65_HS1-834228961_62-HQ-83894_Serial_164
Agency: FBI
Page 65
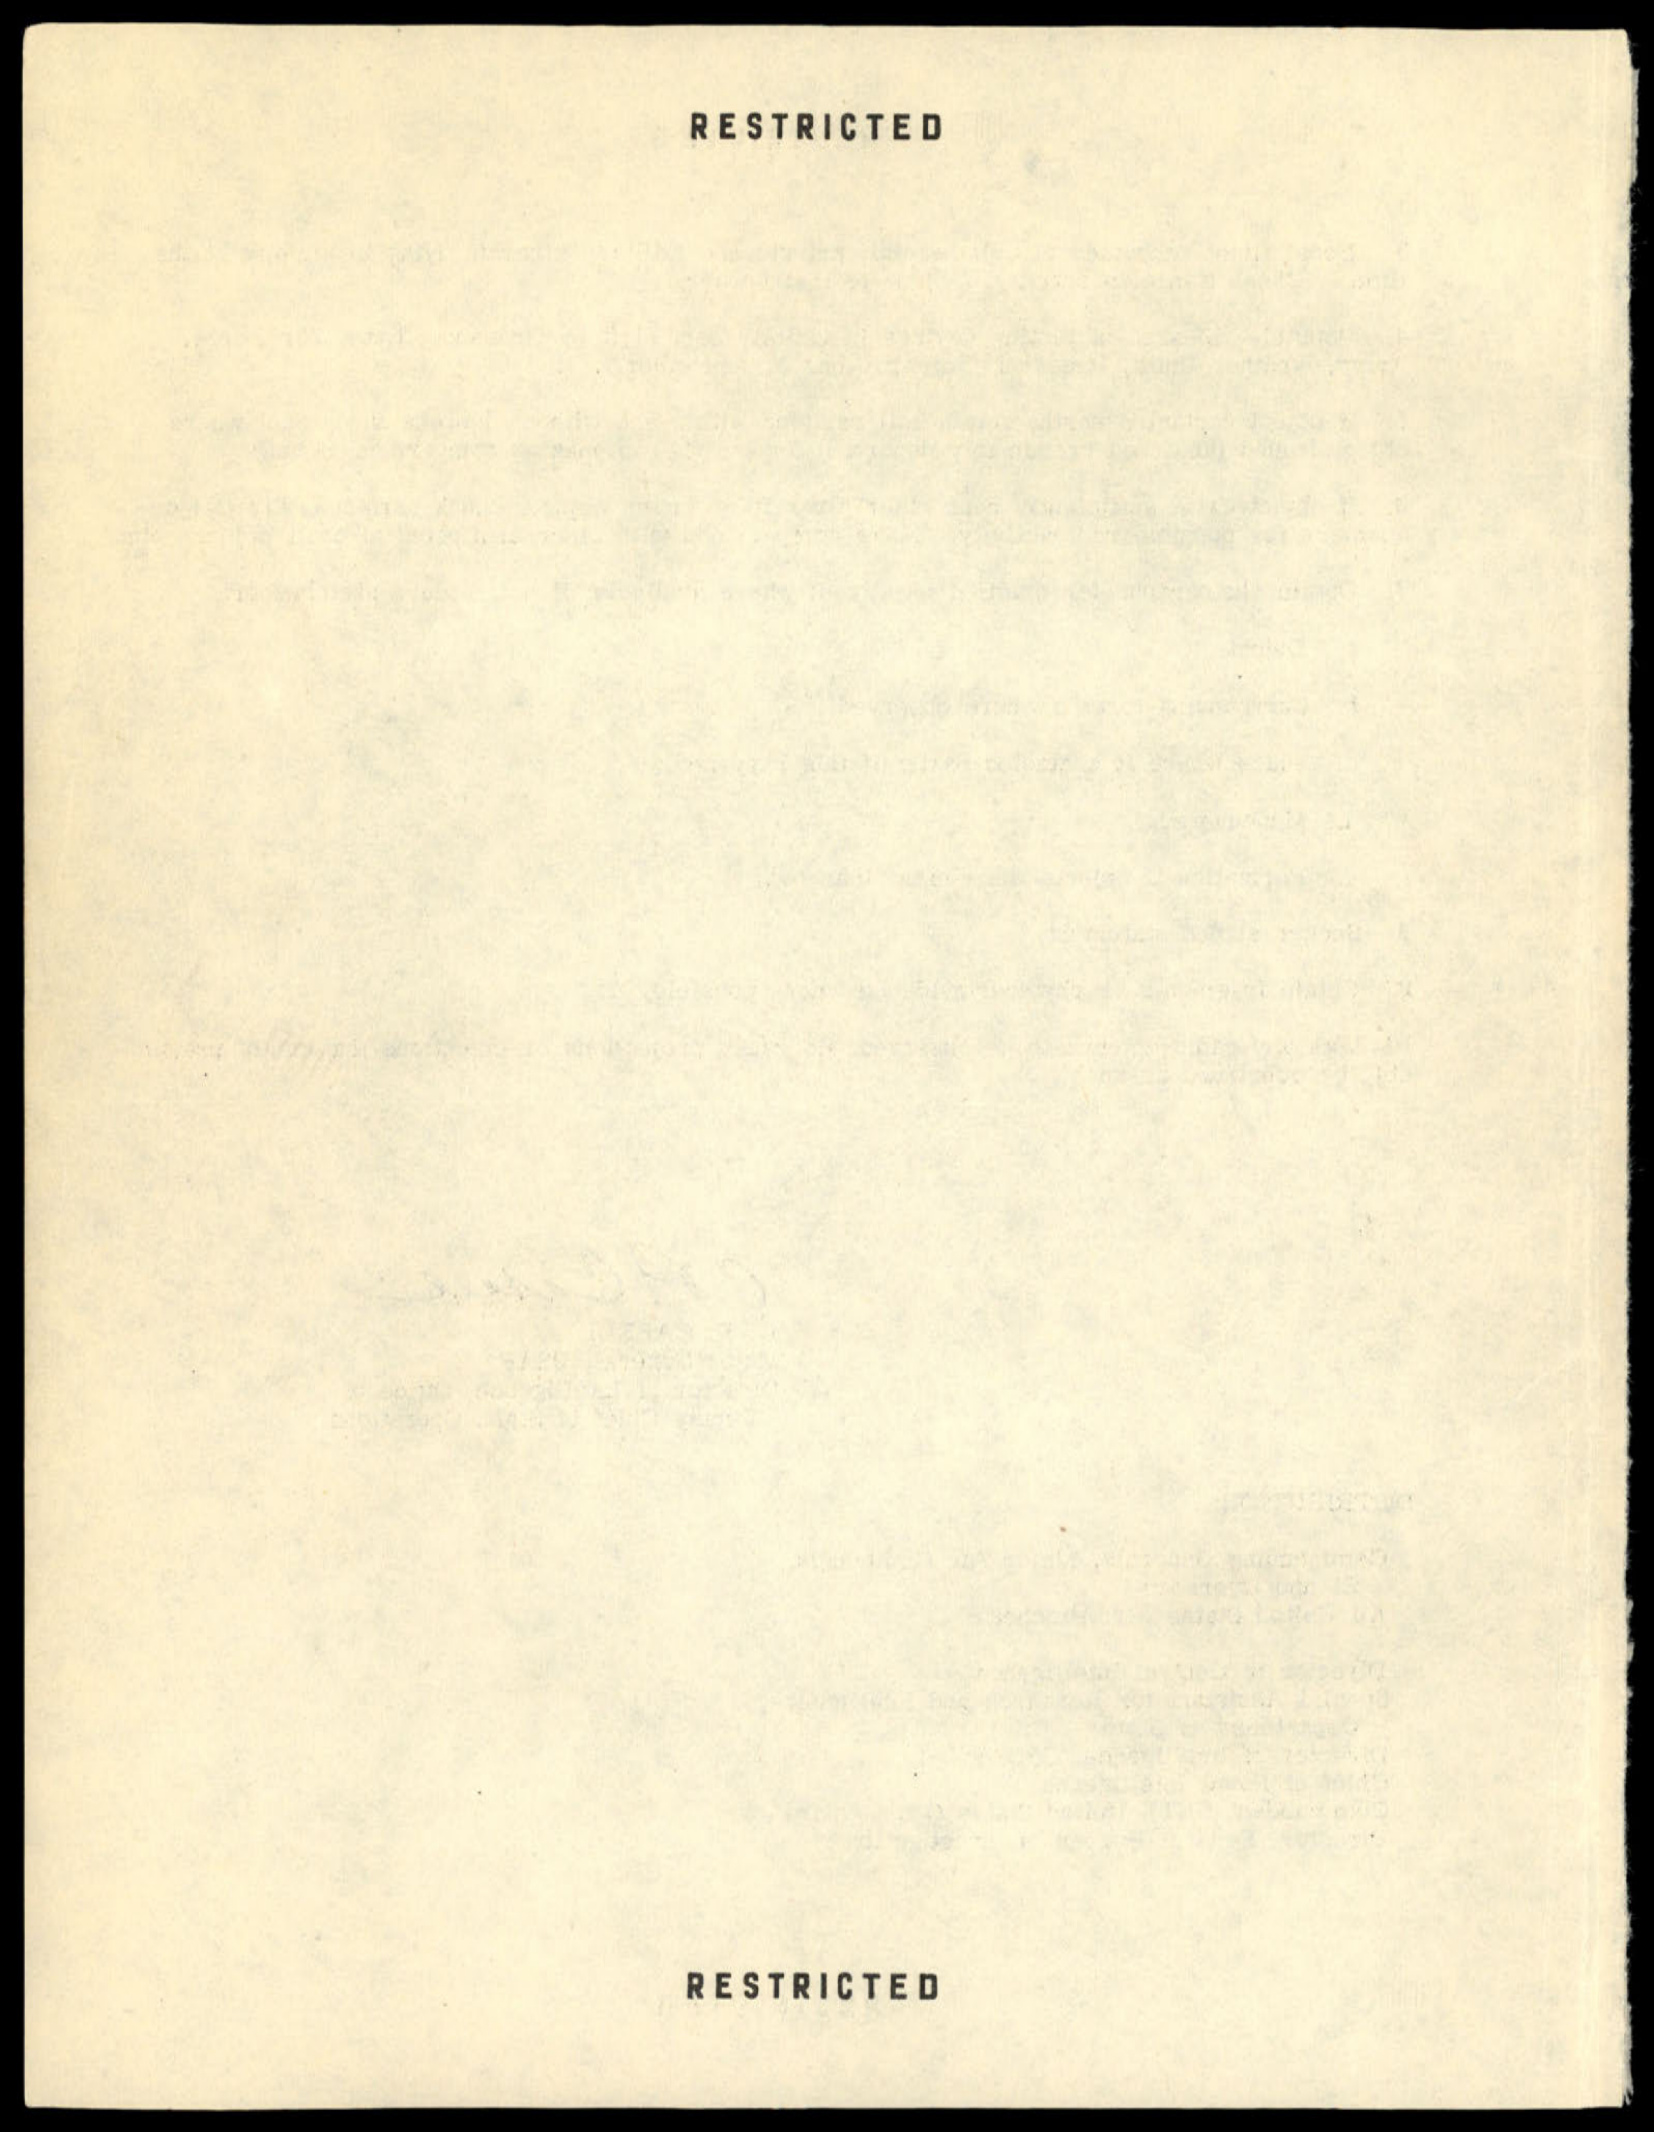